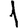
Digit: 1